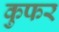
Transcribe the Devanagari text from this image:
कुफर